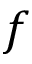
f